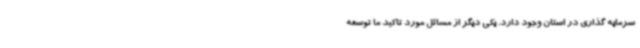
سرمایه گذاری در استان وجود دارد. یکی دیگر از مسائل مورد تاکید ما توسعه